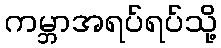
ကမ္ဘာအရပ်ရပ်သို့